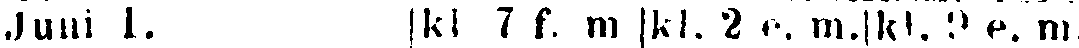
Juni 1. kl 7 f. m | kl. 2 e. m.| kl. 2 e. m.